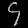
Digit: ၄